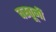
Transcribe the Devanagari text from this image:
वस्तूनी